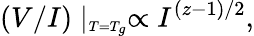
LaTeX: (V/I)\mid_{\scriptscriptstyle T=T_{g}}\propto I^{(z-1)/2},